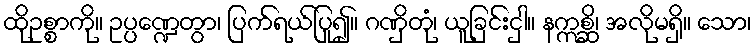
ထိုဥစ္စာကို။ ဥပ္ပဏ္ဍေတွာ၊ ပြက်ရယ်ပြု၍။ ဂဏှိတုံ၊ ယူခြင်းငှါ။ နဣစ္ဆိ၊ အလိုမရှိ။ သော၊